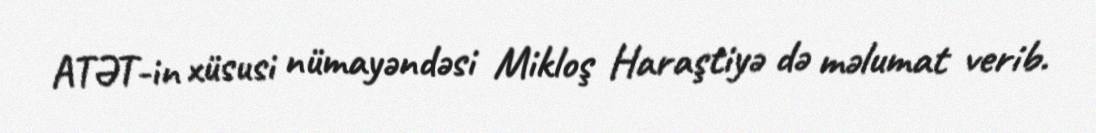
ATƏT-in xüsusi nümayəndəsi Mikloş Haraştiyə də məlumat verib.